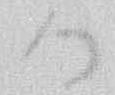
御